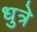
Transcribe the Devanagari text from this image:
धुत्रे